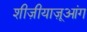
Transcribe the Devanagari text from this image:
शीज़ीयाज़ूआंग